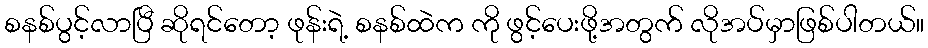
စနစ်ပွင့်လာပြီ ဆိုရင်တော့ ဖုန်းရဲ့ စနစ်ထဲက ကို ဖွင့်ပေးဖို့အတွက် လိုအပ်မှာဖြစ်ပါတယ်။